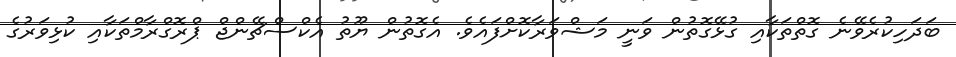
ބަދަހިކުރެވޭނެ ގޮތްތަކާއި ގުޅޭގޮތުން ވަނީ މަޝްވަރާކޮށްފައެވެ. އެގޮތުން ޔޫތު އެކްސްޗޭންޖް ޕްރޮގްރާމްތަކާއި ކުޅިވަރުގެ